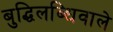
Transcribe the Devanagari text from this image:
बुद्धिलब्धिवाले